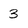
Character: 3